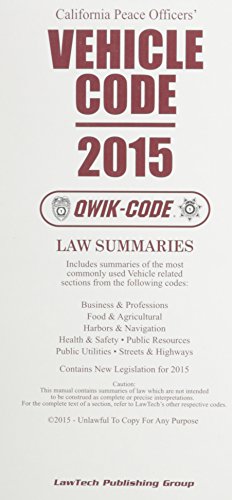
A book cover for California Peace Officers' Vehicle Code: 2015 Qwik Code; Editor; Law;